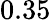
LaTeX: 0.35